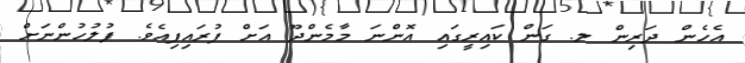
އެހެން ދަރިން ލ. ގަން ކައިރީގައި އޮންނަ މާމެންދޫ އަށް ފުރައިފިއެވެ. ފުލުހުންނަށް